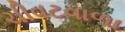
ચીવટવાળા